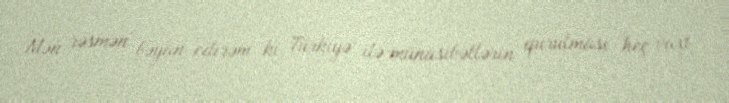
Mən rəsmən bəyan edirəm ki, Türkiyə ilə münasibətlərin qurulması heç vaxt